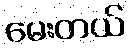
မေးတယ်